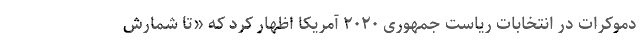
دموکرات در انتخابات ریاست جمهوری ۲۰۲۰ آمریکا اظهار کرد که «تا شمارش